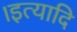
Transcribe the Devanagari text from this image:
।इत्यादि